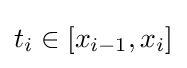
t_{i}\in [x_{i-1},x_{i}]